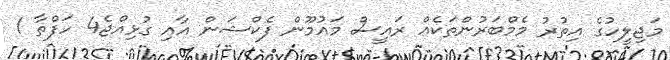
މަޖިލީހުގެ އިތުރު މެމްބަރުންތަކެއް ރައީސް މައުމޫން ފެކްޝަން އާއި ގުޅިއްޖެ4 ހަފްތާ 1